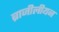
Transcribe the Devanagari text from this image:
ब्राजीलीयन